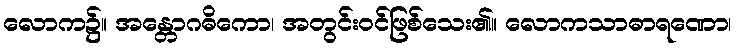
လောက၌။ အန္တောဂဓိကော၊ အတွင်းဝင်ဖြစ်သေး၏။ လောကသာဓာရဏော၊